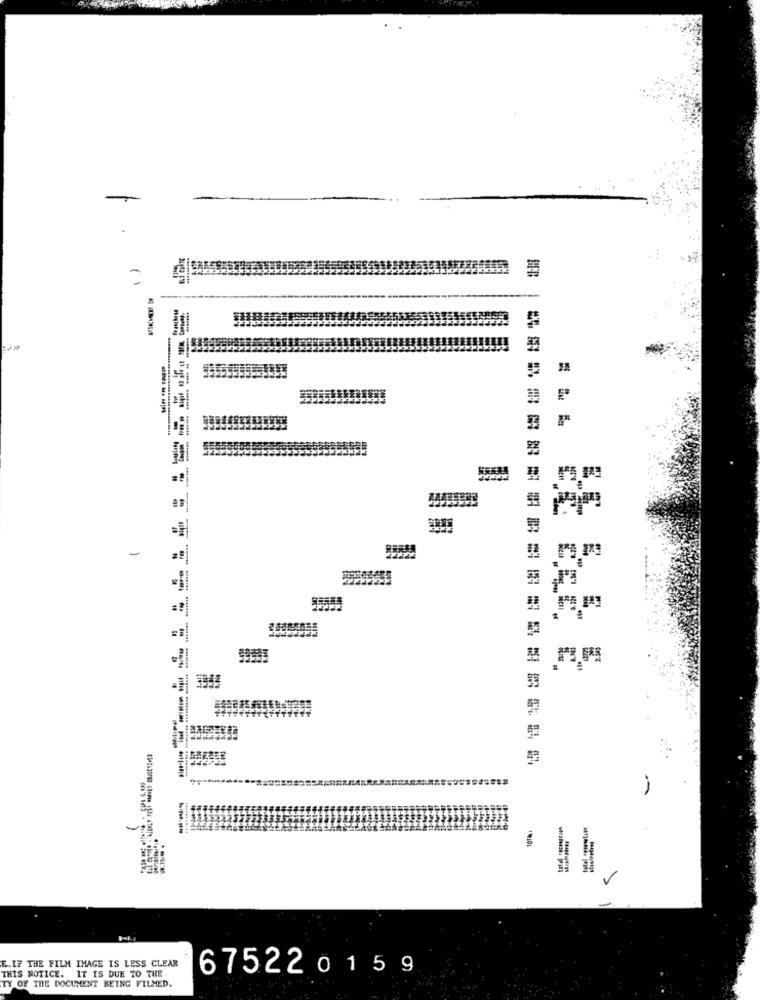
-
H
= ?
10161
E.IF THE FILM IMAGE IS LESS CLEAR
THIS NOTICE. IT IS DUE TO THE
675220159
TY OF THE DOCUMENT BEING FILMED.